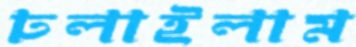
ঢলাইলাম